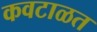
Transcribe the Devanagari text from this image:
कवटाळत